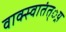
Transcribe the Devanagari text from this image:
वाक्स्वातंत््रय